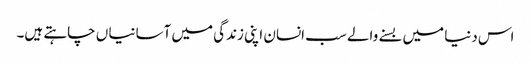
اس دنیا میں بسنے والے سب انسان اپنی زندگی میں آسانیا ں چاہتے ہیں۔